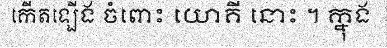
កើតឡើង ចំពោះ យោគី នោះ ។ ក្នុង